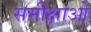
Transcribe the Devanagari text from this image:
समीक्षाओ